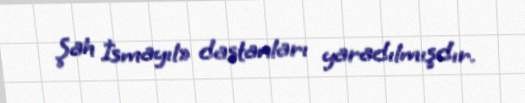
Şah İsmayıl» dastanları yaradılmışdır.